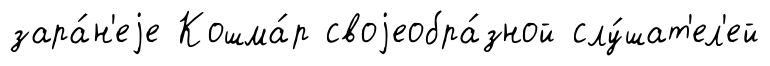
зара́н'еjе Кошма́р своjеобра́зной слу́шат'ел'ей